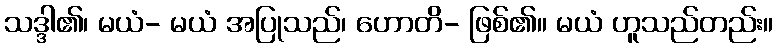
သဒ္ဒါ၏၊ မယံ- မယံ အပြုသည်၊ ဟောတိ- ဖြစ်၏။ မယံ ဟူသည်တည်း။